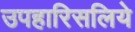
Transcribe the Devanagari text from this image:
उपहारिसलिये